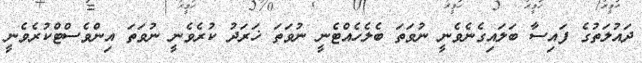
ދައުލަތުގެ ފައިސާ ބަލައިގެނެވެނީ ނުވަތަ ބެލެހެއްޓެނީ ނުވަތަ ޚަރަދު ކުރެވެނީ ނުވަތަ އިންވެސްޓްކުރެވެނީ